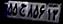
۵۵ج۸۵۶۱۳